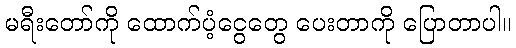
မရီးတော်ကို ထောက်ပံ့ငွေတွေ ပေးတာကို ပြောတာပါ။